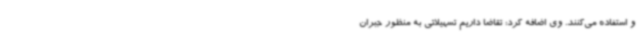
و استفاده می‌کنند. وی اضافه کرد: تقاضا داریم تسهیلاتی به منظور جبران